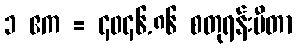
၁ ဧက = ၄၀၄၆.၈၆ စတုရန်းမီတာ